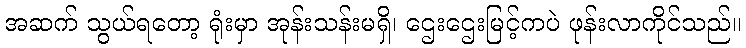
အဆက် သွယ်ရတော့ ရုံးမှာ အုန်းသန်းမရှိ၊ ဌေးဌေးမြင့်ကပဲ ဖုန်းလာကိုင်သည်။